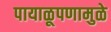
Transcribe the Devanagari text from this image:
पायाळूपणामुळे